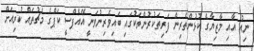
ނިއު އާއި މާޒިޔާގެ ކުޅުންތެރިން ފަރިތަކުރުންތަކުގައި ބައިވެރިނުވަނީ އޭއެފްސީ ކަޕްގެ މެޗުތައް ކުރިއަށް